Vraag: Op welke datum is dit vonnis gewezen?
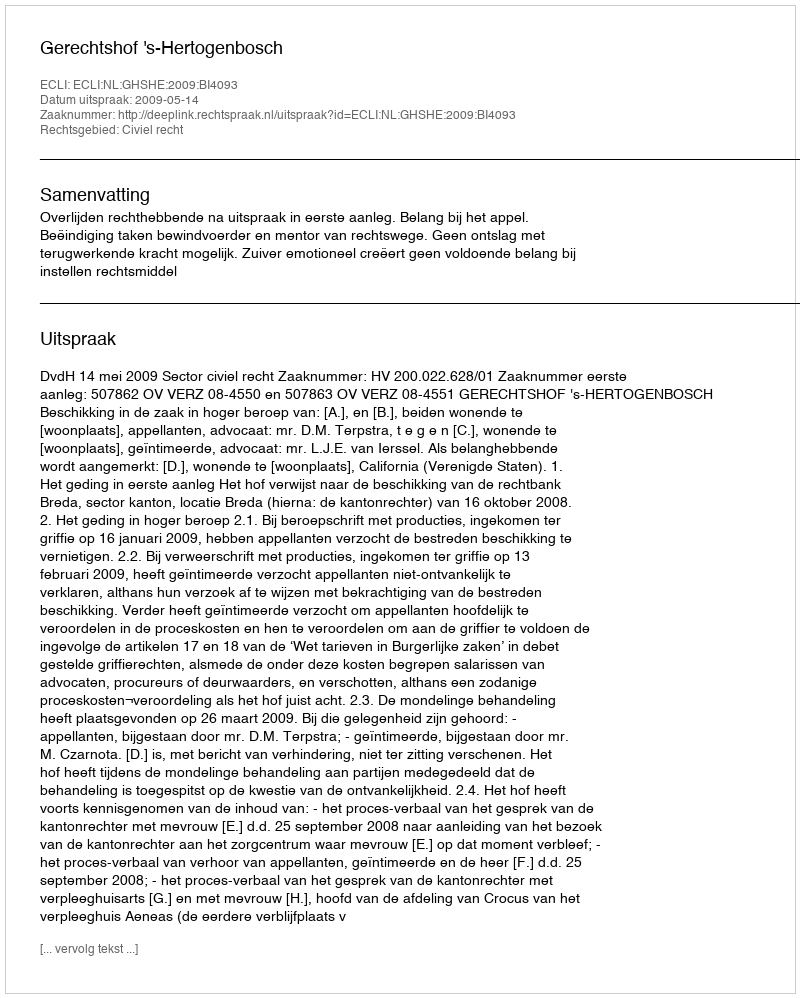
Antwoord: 2009-05-14